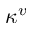
\kappa ^ { v }